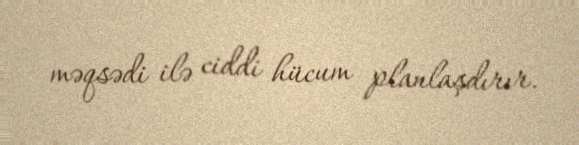
məqsədi ilə ciddi hücum planlaşdırır.